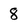
Character: 8